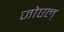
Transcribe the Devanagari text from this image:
जोएल्‌